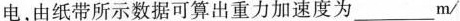
电，由纸带所示数据可算出重力加速度为 ___ m/